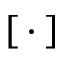
\left[ \, \cdot \, \right]